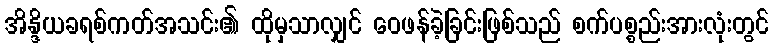
အိန္ဒိယခရစ်ကတ်အသင်း၏ ထိုမှသာလျှင် ဝေဖန်ခဲ့ခြင်းဖြစ်သည် စက်ပစ္စည်းအားလုံးတွင်